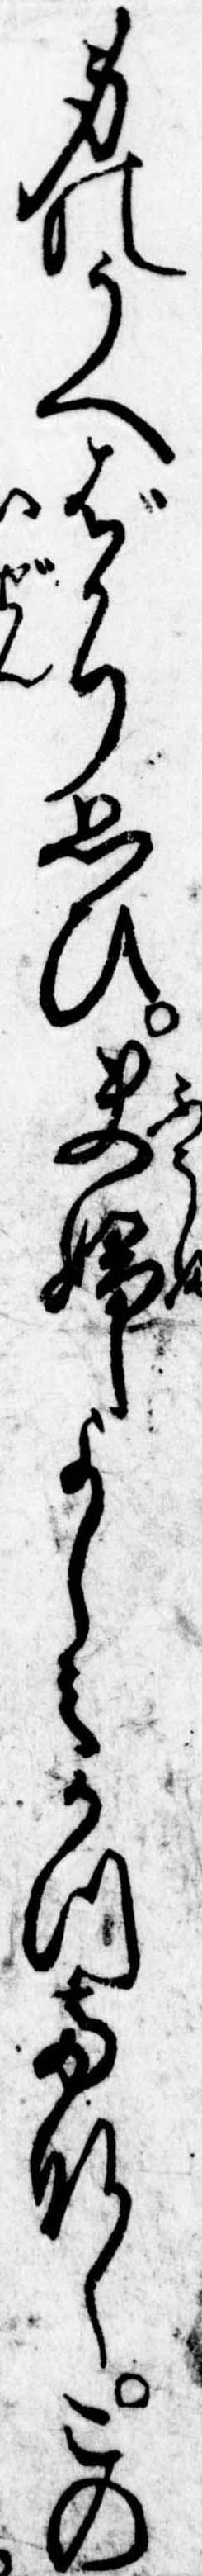
身のうへばかり思ひ夫婦よしみかつてなしこの